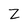
Character: Z